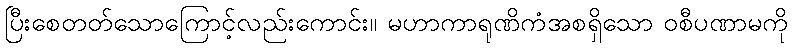
ပြီးစေတတ်သောကြောင့်လည်းကောင်း။ မဟာကာရုဏိကံအစရှိသော ဝစီပဏာမကို